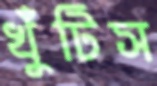
খুঁটিস